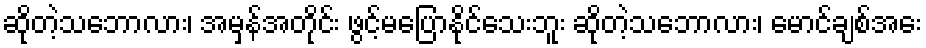
ဆိုတဲ့သဘောလား၊ အမှန်အတိုင်း ဖွင့်မပြောနိုင်သေးဘူး ဆိုတဲ့သဘောလား၊ မောင်ချစ်အေး